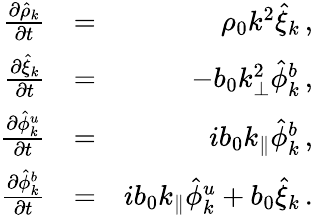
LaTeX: \begin{array}{rlr}{{\frac{\partial\hat{\rho}_{k}}{\partial t}}}&{=}&{\rho_{0}k^{2}\hat{\xi}_{k}\, ,}\\ {{\frac{\partial\hat{\xi}_{k}}{\partial t}}}&{=}&{-b_{0}k_{\perp}^{2}\hat{\phi}_{k}^{b}\, ,}\\ {{\frac{\partial\hat{\phi}_{k}^{u}}{\partial t}}}&{=}&{ib_{0}k_{\parallel}\hat{\phi}_{k}^{b}\, ,}\\ {{\frac{\partial\hat{\phi}_{k}^{b}}{\partial t}}}&{=}&{ib_{0}k_{\parallel}\hat{\phi}_{k}^{u}+b_{0}\hat{\xi}_{k}\, .}\end{array}